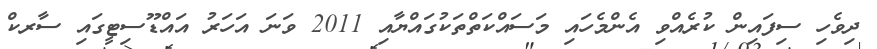
ދިވެހި ސިފައިން ކުރެއްވި އެންމެހައި މަސައްކަތްތަކުގައްޔާއި 2011 ވަނަ އަހަރު އައްޑޫސިޓީގައި ސާރކް